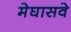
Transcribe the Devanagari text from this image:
मेघासवे